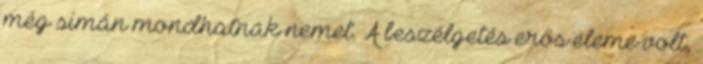
még simán mondhatnak nemet. A beszélgetés erős eleme volt,